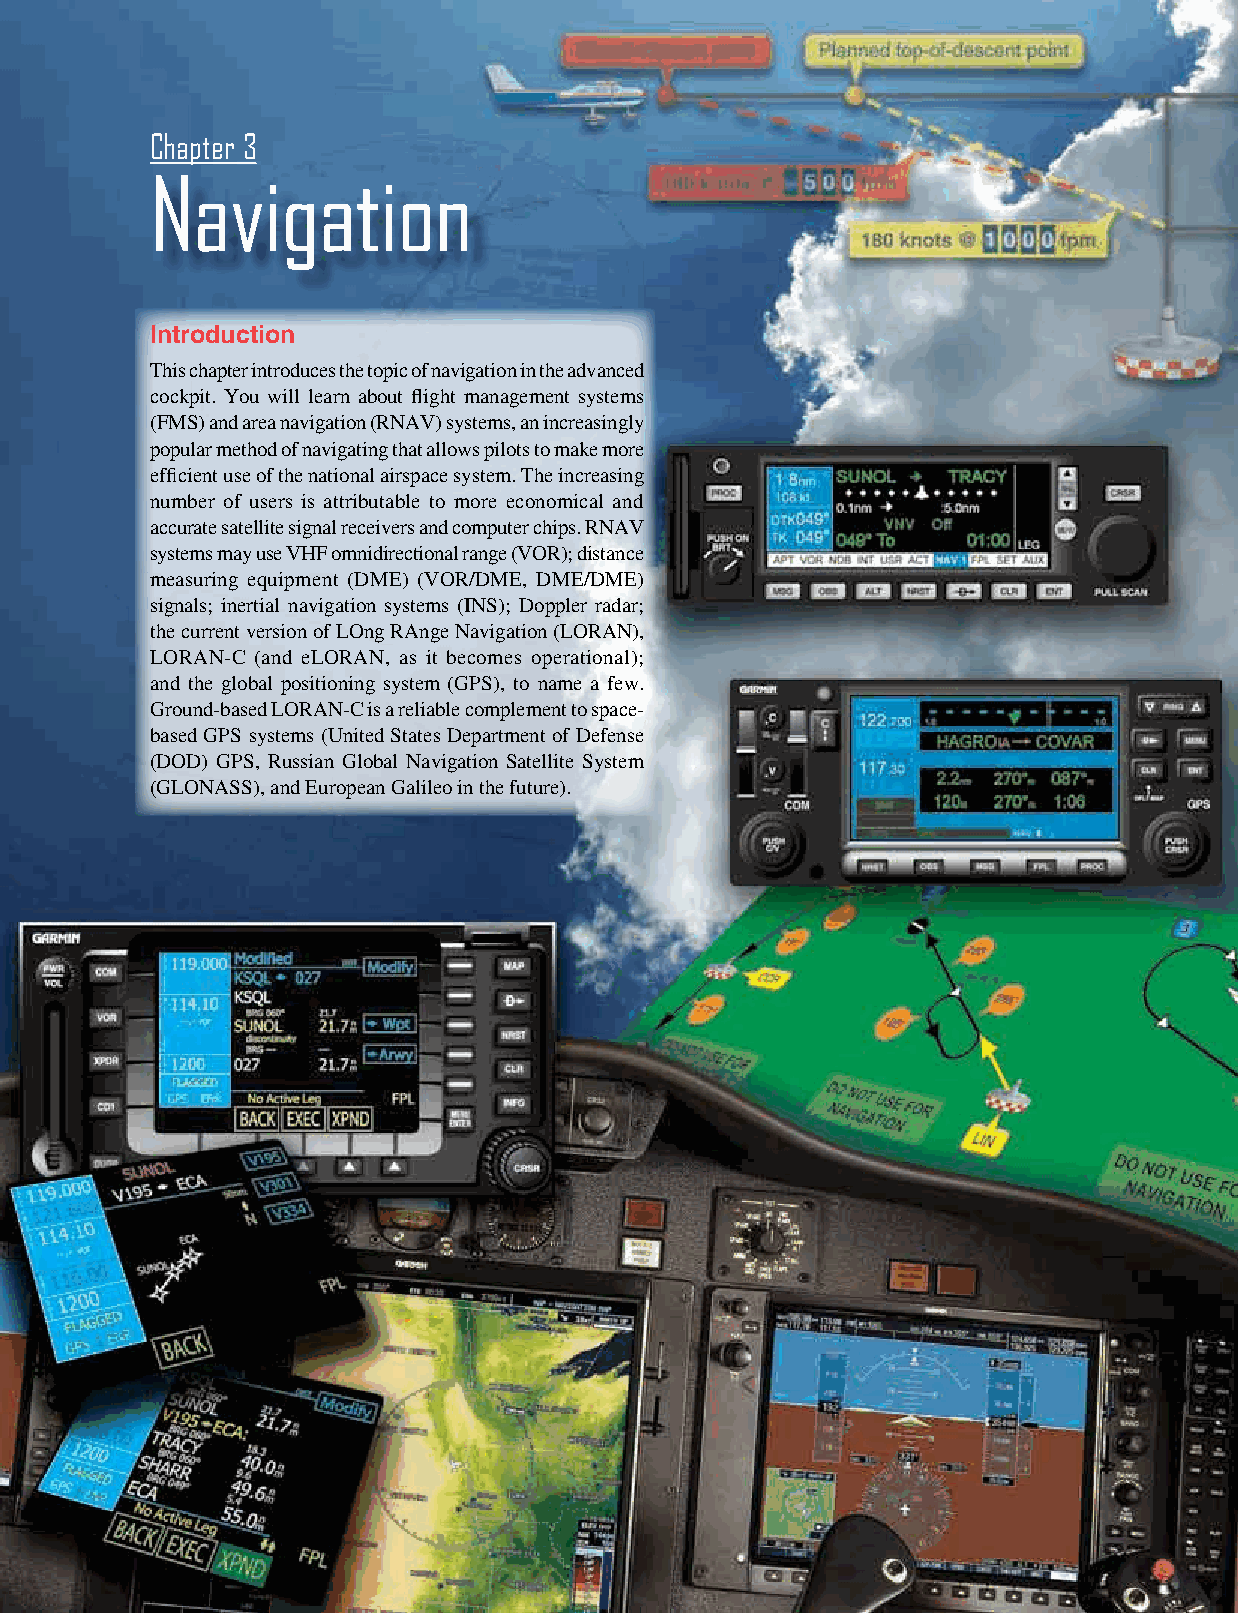
Chapter 3
 Navigation
 Introduction
 This chapter introduces the topic of navigation in the advanced
 cockpit. You will learn about flight management systems
 (FMS) and area navigation (RNAV) systems, an increasingly
 popular method of navigating that allows pilots to make more
 efficient use of the national airspace system. The increasing
 number of users is attributable to more economical and
 accurate satellite signal receivers and computer chips. RNAV
 systems may use VHF omnidirectional range (VOR); distance
 measuring equipment (DME) (VOR/DME, DME/DME)
 signals; inertial navigation systems (INS); Doppler radar;
 the current version of LOng RAnge Navigation (LORAN),
 LORAN‑C (and eLORAN, as it becomes operational);
 and the global positioning system (GPS), to name a few.
 Ground‑based LORAN‑C is a reliable complement to space‑
 based GPS systems (United States Department of Defense
 (DOD) GPS, Russian Global Navigation Satellite System
 (GLONASS), and European Galileo in the future).
 3-1